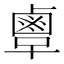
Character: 𪉞